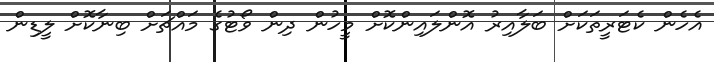
އެހެން ކެޓަރީތަކަށް ބަލާއިރު އޮންލައިންކޮށް މީހުން ދިން ވޯޓުގެ މައްޗަށް ބިނާކޮށް ލީޑިން